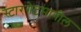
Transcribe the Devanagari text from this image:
स्टारगेटमागील